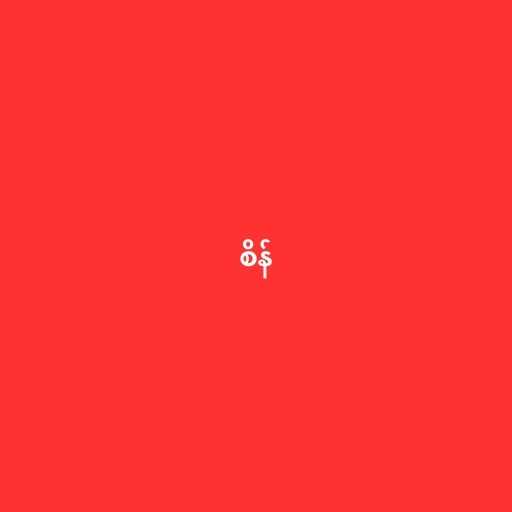
စိန်